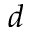
d